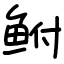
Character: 鲋